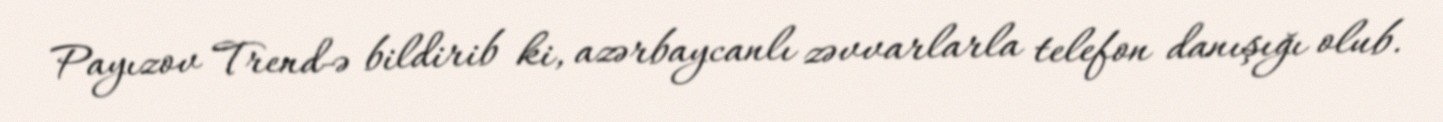
Payızov Trend-ə bildirib ki, azərbaycanlı zəvvarlarla telefon danışığı olub.